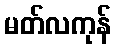
မတ်လကုန်